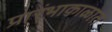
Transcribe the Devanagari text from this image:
प्रारंभाकाळात